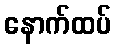
နောက်ထပ်